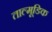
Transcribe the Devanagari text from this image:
ताल्मूडिक